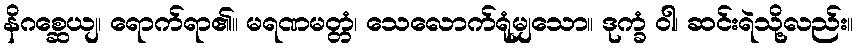
နိဂစ္ဆေယျ၊ ရောက်ရာ၏။ မရဏမတ္တံ၊ သေလောက်ရုံမျှသော။ ဒုက္ခံ ဝါ၊ ဆင်းရဲသို့လည်း။